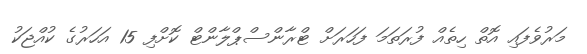
މަރުވެފައި އޮތް ހިތެއް ފުރަތަމަ ފަހަރަށް ޓްރާންސްޕްލާންޓް ކޮށްފި 15 އަހަރުގެ ކުއްޖަކު